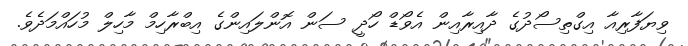
ވިޔަފާރިއާ އިގްތިސޯދުގެ ދާއިރާއިން އެވޯޑް ހޯދީ ސަން އޮންލައިންގެ އިބްރާހިމް މާހިލް މުހައްމަދެވެ.